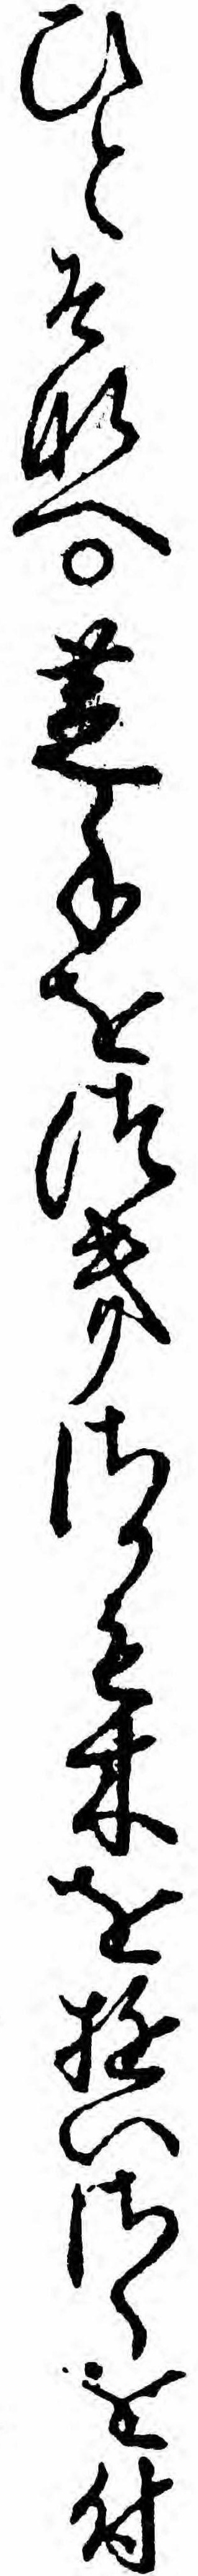
ひとそなへ芝手をつきさかも木をゆいさくを付